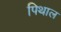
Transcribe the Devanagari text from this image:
पिथाल